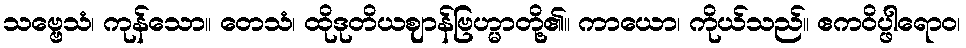
သဗ္ဗေသံ၊ ကုန်သော။ တေသံ၊ ထိုဒုတိယဈာန်ဗြဟ္မာတို့၏။ ကာယော၊ ကိုယ်သည်။ ဧကဝိပ္ဖါရောဝ၊